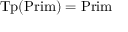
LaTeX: { \mathrm { T p } } ( { \mathrm { P r i m } } ) = { \mathrm { P r i m } } \,